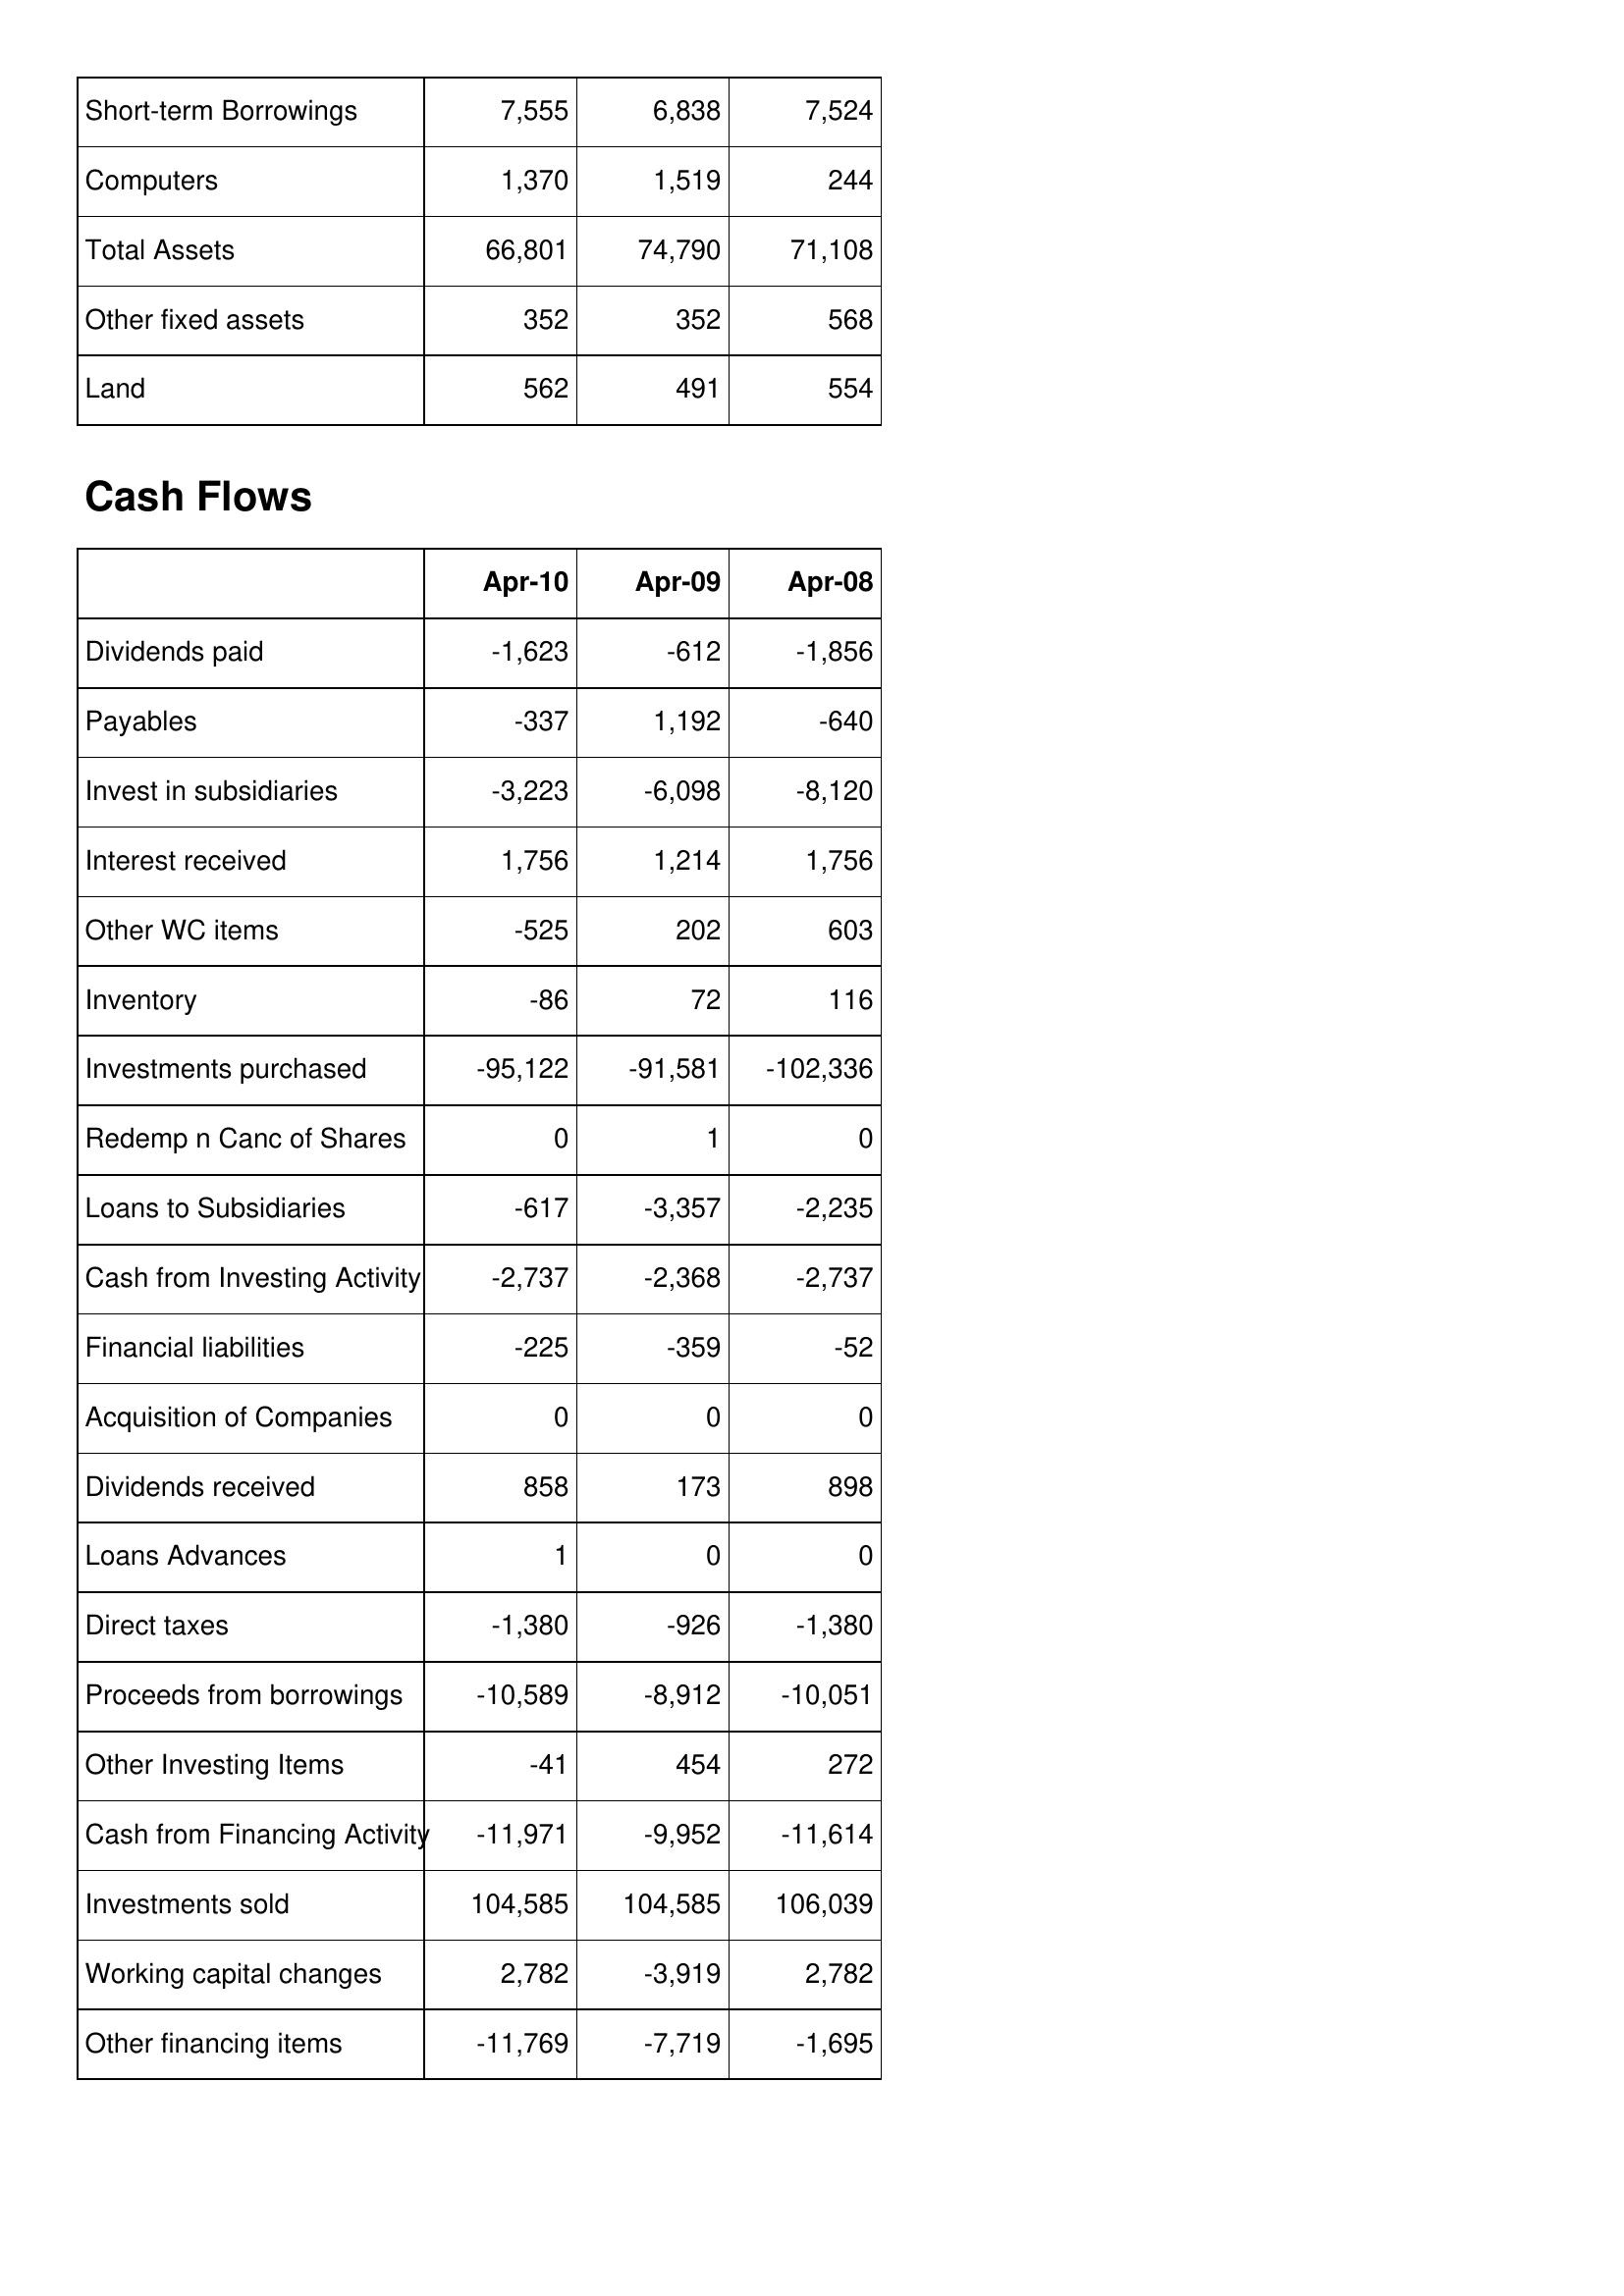
Apr-10: Balance Sheet: Short-term Borrowings: 7,555
Computers: 1,370
Total Assets: 66,801
Other fixed assets: 352
Land: 562
Cash Flows: Dividends paid: -1,623
Payables: -337
Invest in subsidiaries: -3,223
Interest received: 1,756
Other WC items: -525
Inventory: -86
Investments purchased: -95,122
Redemp n Canc of Shares: 0
Loans to Subsidiaries: -617
Cash from Investing Activity: -2,737
Financial liabilities: -225
Acquisition of Companies: 0
Dividends received: 858
Loans Advances: 1
Direct taxes: -1,380
Proceeds from borrowings: -10,589
Other Investing Items: -41
Cash from Financing Activity: -11,971
Investments sold: 104,585
Working capital changes: 2,782
Other financing items: -11,769
Apr-09: Balance Sheet: Short-term Borrowings: 6,838
Computers: 1,519
Total Assets: 74,790
Other fixed assets: 352
Land: 491
Cash Flows: Dividends paid: -612
Payables: 1,192
Invest in subsidiaries: -6,098
Interest received: 1,214
Other WC items: 202
Inventory: 72
Investments purchased: -91,581
Redemp n Canc of Shares: 1
Loans to Subsidiaries: -3,357
Cash from Investing Activity: -2,368
Financial liabilities: -359
Acquisition of Companies: 0
Dividends received: 173
Loans Advances: 0
Direct taxes: -926
Proceeds from borrowings: -8,912
Other Investing Items: 454
Cash from Financing Activity: -9,952
Investments sold: 104,585
Working capital changes: -3,919
Other financing items: -7,719
Apr-08: Balance Sheet: Short-term Borrowings: 7,524
Computers: 244
Total Assets: 71,108
Other fixed assets: 568
Land: 554
Cash Flows: Dividends paid: -1,856
Payables: -640
Invest in subsidiaries: -8,120
Interest received: 1,756
Other WC items: 603
Inventory: 116
Investments purchased: -102,336
Redemp n Canc of Shares: 0
Loans to Subsidiaries: -2,235
Cash from Investing Activity: -2,737
Financial liabilities: -52
Acquisition of Companies: 0
Dividends received: 898
Loans Advances: 0
Direct taxes: -1,380
Proceeds from borrowings: -10,051
Other Investing Items: 272
Cash from Financing Activity: -11,614
Investments sold: 106,039
Working capital changes: 2,782
Other financing items: -1,695